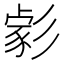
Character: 𢒪